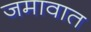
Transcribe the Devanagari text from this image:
जमावात